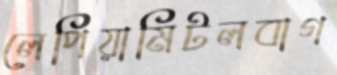
লেপিয়ামিটলবাগ